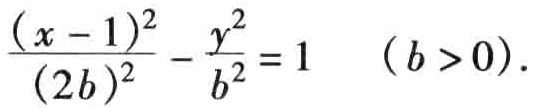
\(\frac{(x - 1)^2}{(2b)^2} - \frac{y^2}{b^2} = 1\ \ (b > 0)\)